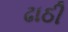
ઢાઠી